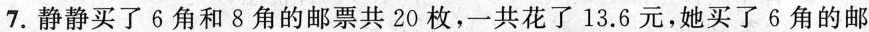
7.静静买了6角和8角的邮票共20枚，一共花了13.6元，她买了6角的邮